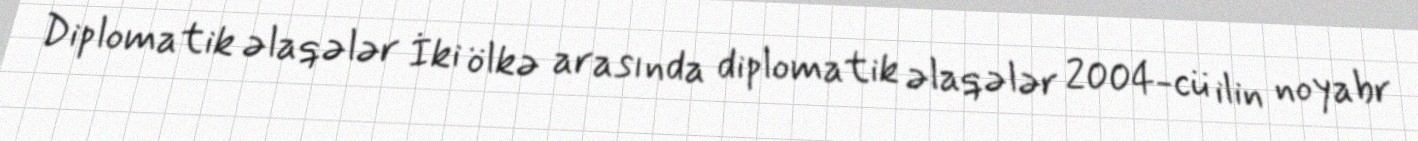
Diplomatik əlaqələr İki ölkə arasında diplomatik əlaqələr 2004-cü ilin noyabr